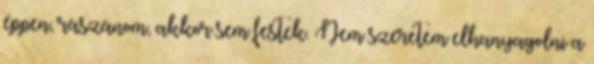
éppen, rászánom, akkor sem festek. Nem szeretem elhanyagolni a